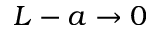
L - a \rightarrow 0